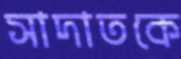
সাদাতকে